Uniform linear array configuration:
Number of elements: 32
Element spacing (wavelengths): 0.5
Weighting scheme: kaiser
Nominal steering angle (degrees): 30
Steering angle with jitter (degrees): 29.581
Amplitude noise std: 0.05
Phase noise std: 0.05

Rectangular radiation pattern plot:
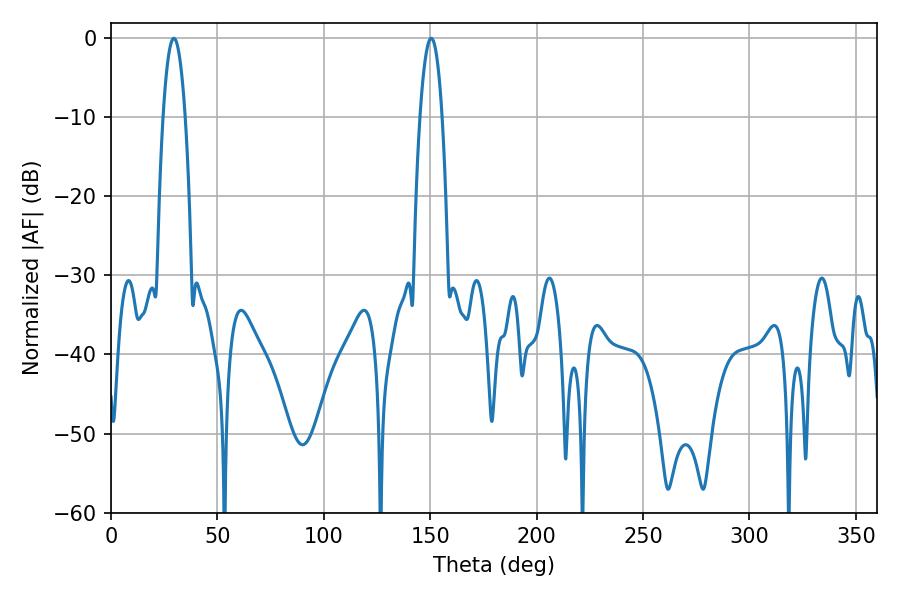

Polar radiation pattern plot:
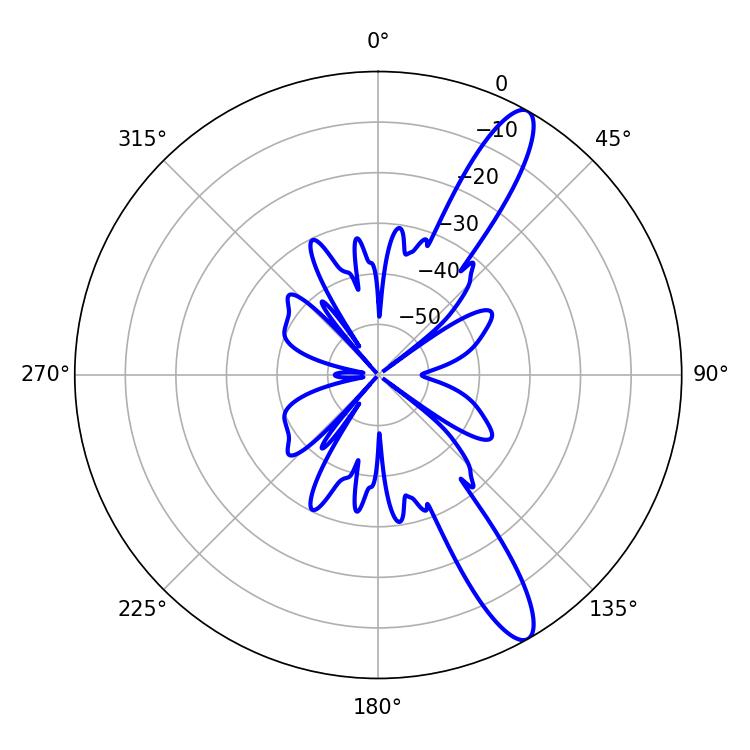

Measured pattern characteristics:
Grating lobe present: FALSE
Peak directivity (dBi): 12.726
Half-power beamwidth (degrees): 5.76
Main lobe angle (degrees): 29.52